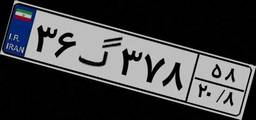
۳۶گ۳۷۸۵۸